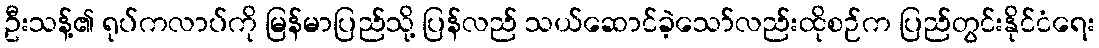
ဦးသန့်၏ ရုပ်ကလာပ်ကို မြန်မာပြည်သို့ ပြန်လည် သယ်ဆောင်ခဲ့သော်လည်းထိုစဉ်က ပြည်တွင်းနိုင်ငံရေး